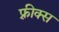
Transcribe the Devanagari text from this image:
फ़्रीक्स